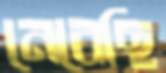
নেবেছি